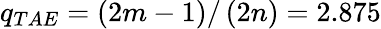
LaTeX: q_{TAE}=\left(2m-1\right)/\left(2n\right)=2.875